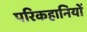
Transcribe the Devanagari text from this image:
परिकहानियों